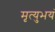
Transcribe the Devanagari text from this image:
मृत्युभयं